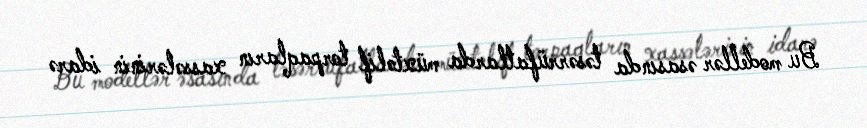
Bu modellər əsasında təsərrüfatlarda müxtəlif torpaqların xassələrinin idarə